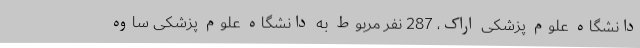
دانشگاه علوم پزشکی اراک، 287 نفر مربوط به دانشگاه علوم پزشکی ساوه